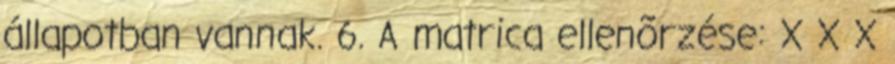
állapotban vannak. 6. A matrica ellenõrzése: X X X